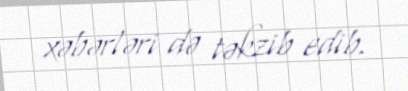
xəbərləri də təkzib edib.